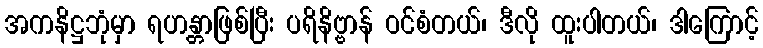
အကနိဋ္ဌဘုံမှာ ရဟန္တာဖြစ်ပြီး ပရိနိဗ္ဗာန် ဝင်စံတယ်၊ ဒီလို ထူးပါတယ်၊ ဒါကြောင့်